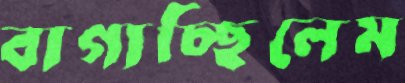
বাগাচ্ছিলেম